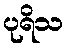
ပုရိသ